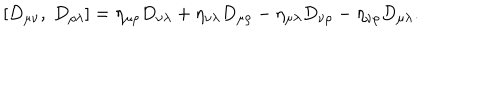
\left[ D _ { \mu \nu } , \ D _ { \rho \lambda } \right] = \eta _ { \mu \rho } D _ { \nu \lambda } + \eta _ { \nu \lambda } D _ { \mu \rho } - \eta _ { \mu \lambda } D _ { \nu \rho } - \eta _ { \nu \rho } D _ { \mu \lambda } .